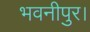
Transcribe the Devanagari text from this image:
भवनीपुर।